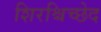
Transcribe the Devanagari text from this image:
शिरश्चिच्छेद